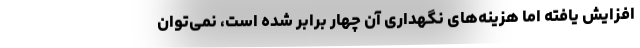
افزایش یافته اما هزینه‌های نگهداری آن چهار برابر شده است، نمی‌توان